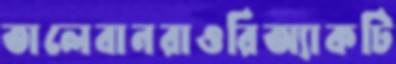
তালেবানরাওরিঅ্যাকটি